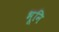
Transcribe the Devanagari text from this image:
भूनि